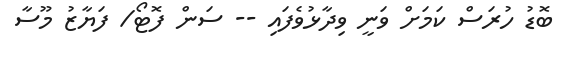
ބޮޑު ހުރަސް ކަމަށް ވަނީ ވިދާޅުވެފައި -- ސަން ފޮޓޯ/ ފަޔާޒު މޫސާ